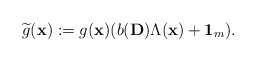
\begin{align*}\widetilde{g}(\mathbf{x}):=g(\mathbf{x})(b(\mathbf{D})\Lambda(\mathbf{x})+\mathbf{1}_m).\end{align*}